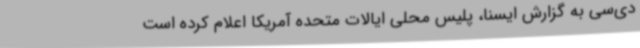
دی‌سی به گزارش ایسنا، پلیس محلی ایالات متحده آمریکا اعلام کرده است